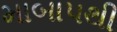
માબાપથી